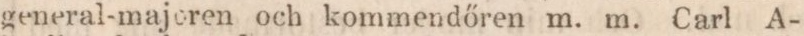
general-majoren och kommendőren m. m. Carl A-